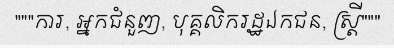
"""ការ, អ្នកជំនួញ, បុគ្គលិករដ្ឋឯកជន, ស្ត្រី"""